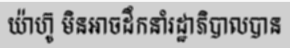
យ៉ាហ៊ូ មិនអាចដឹកនាំរដ្ឋាភិបាលបាន